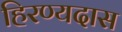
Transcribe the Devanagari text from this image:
हिरण्यदास